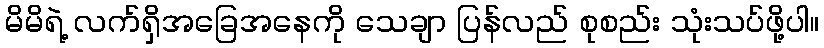
မိမိရဲ့ လက်ရှိအခြေအနေကို သေချာ ပြန်လည် စုစည်း သုံးသပ်ဖို့ပါ။